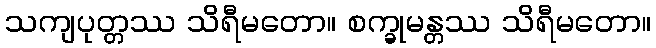
သကျပုတ္တဿ သိရီမတော။ စက္ခုမန္တဿ သိရီမတော။